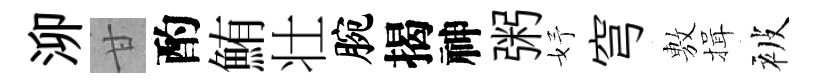
泖甘酌鮪壮腕揭神粥妤穹𢾾揖被